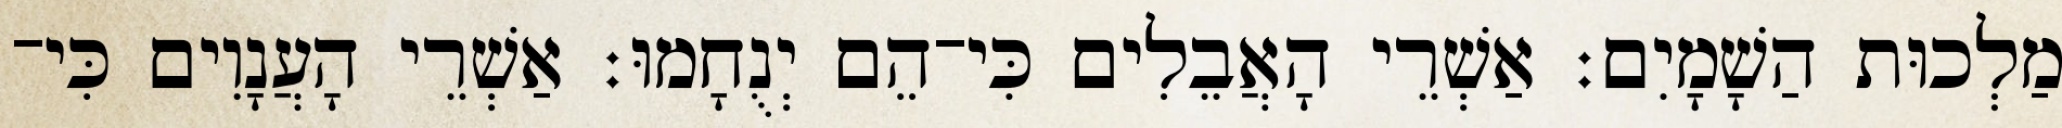
מַלְכוּת הַשָׁמָיִם׃ אַשְׁרֵי הָאֲבֵלִים כִּי־הֵם יְנֻחָמוּ׃ אַשְׁרֵי הָעֲנָוִים כִּי־